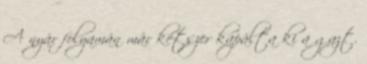
A nyár folyamán már kétszer kapálta ki a gazt.